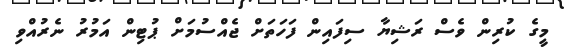
މީގެ ކުރިން ވެސް ރަޝިޔާ ސިފައިން ފަހަތަށް ޖެއްސުމަށް ޕުޓިން އަމުރު ނެރުއްވި